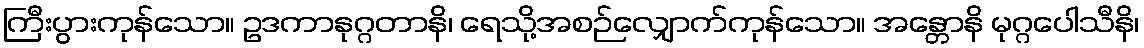
ကြီးပွားကုန်သော။ ဥဒကာနုဂ္ဂတာနိ၊ ရေသို့အစဉ်လျှောက်ကုန်သော။ အန္တောနိ မုဂ္ဂပေါသီနိ၊